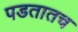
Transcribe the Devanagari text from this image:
पडतातच